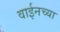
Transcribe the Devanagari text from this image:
वाईनच्या